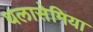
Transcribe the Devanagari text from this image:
थलासेमिया